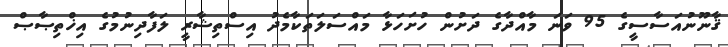
ޤާނޫނުއަސާސީގެ 95 ވަނަ މާއްދާގެ ދަށުން ހުށަހަޅާ މައްސަލަތަކާމެދު އިސްތިޝާރީ ލަފާދިނުމުގެ އިޚްތިޞާޞް